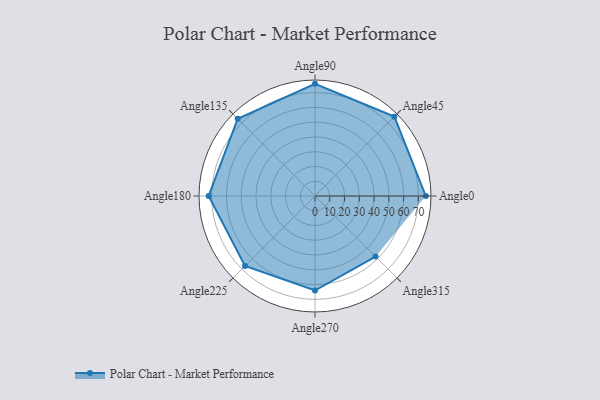
{"axis": {"x": "Angle", "y": "Radius"}, "legend": [""], "data": [{"x": "Angle0", "y": 75.0, "type": ""}, {"x": "Angle45", "y": 76.0, "type": ""}, {"x": "Angle90", "y": 76.0, "type": ""}, {"x": "Angle135", "y": 74.0, "type": ""}, {"x": "Angle180", "y": 72.0, "type": ""}, {"x": "Angle225", "y": 67.0, "type": ""}, {"x": "Angle270", "y": 64.0, "type": ""}, {"x": "Angle315", "y": 58.0, "type": ""}]}